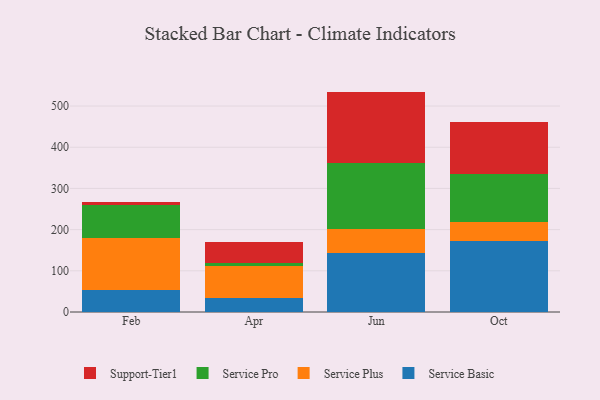
{"axis": {"x": "Month", "y": "LTV (USD)"}, "legend": ["Service Basic", "Service Plus", "Service Pro", "Support-Tier1"], "data": [{"x": "Feb", "y": 53.6, "type": "Service Basic"}, {"x": "Feb", "y": 126.9, "type": "Service Plus"}, {"x": "Feb", "y": 80.1, "type": "Service Pro"}, {"x": "Feb", "y": 6.3, "type": "Support-Tier1"}, {"x": "Apr", "y": 33.7, "type": "Service Basic"}, {"x": "Apr", "y": 77.0, "type": "Service Plus"}, {"x": "Apr", "y": 7.7, "type": "Service Pro"}, {"x": "Apr", "y": 51.8, "type": "Support-Tier1"}, {"x": "Jun", "y": 143.5, "type": "Service Basic"}, {"x": "Jun", "y": 57.8, "type": "Service Plus"}, {"x": "Jun", "y": 161.0, "type": "Service Pro"}, {"x": "Jun", "y": 172.8, "type": "Support-Tier1"}, {"x": "Oct", "y": 173.3, "type": "Service Basic"}, {"x": "Oct", "y": 45.4, "type": "Service Plus"}, {"x": "Oct", "y": 116.7, "type": "Service Pro"}, {"x": "Oct", "y": 126.9, "type": "Support-Tier1"}]}